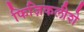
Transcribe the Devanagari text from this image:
फिज़िकलीशे